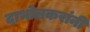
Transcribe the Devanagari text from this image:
दाभोलकरांनी